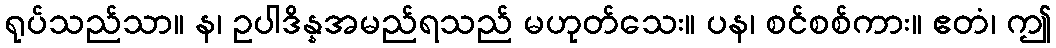
ရုပ်သည်သာ။ န၊ ဥပါဒိန္နအမည်ရသည် မဟုတ်သေး။ ပန၊ စင်စစ်ကား။ ဧတံ၊ ဤ